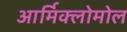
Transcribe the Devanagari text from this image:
आर्मिक्लोमोल